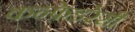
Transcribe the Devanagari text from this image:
कन्फ़ेडरेसी